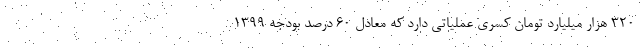
۳۲۰ هزار میلیارد تومان کسری عملیاتی دارد که معادل ۶۰ درصد بودجه ۱۳۹۹